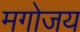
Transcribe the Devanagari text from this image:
मगोजय